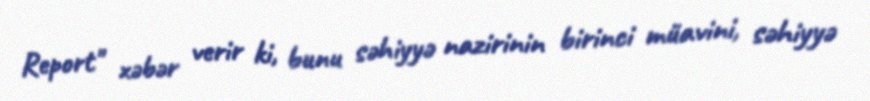
Report" xəbər verir ki, bunu səhiyyə nazirinin birinci müavini, səhiyyə